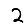
Digit: 2